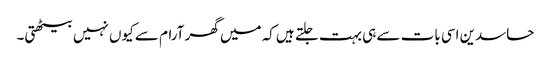
حاسدین اسی بات سے ہی بہت جلتے ہیں کہ میں گھر آرام سے کیوں نہیں بیٹھتی۔